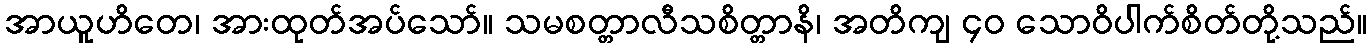
အာယူဟိတေ၊ အားထုတ်အပ်သော်။ သမစတ္တာလီသစိတ္တာနိ၊ အတိကျ ၄၀ သောဝိပါက်စိတ်တို့သည်။